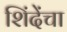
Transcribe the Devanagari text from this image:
शिंदेंचा